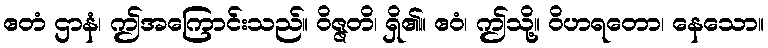
ဧတံ ဌာနံ၊ ဤအကြောင်းသည်။ ဝိဇ္ဇတိ၊ ရှိ၏။ ဧဝံ၊ ဤသို့။ ဝိဟရတော၊ နေသော။